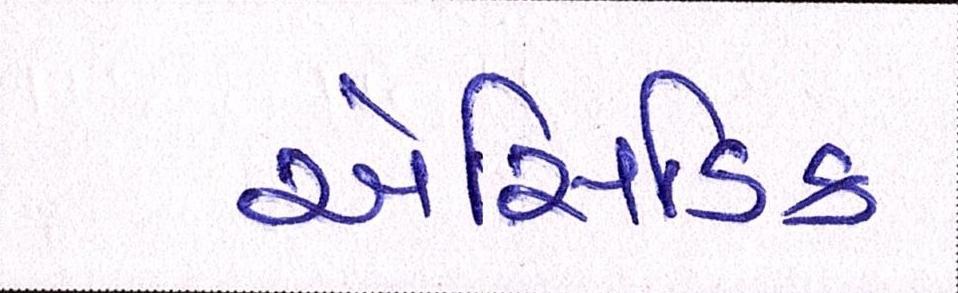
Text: એસિડિક